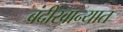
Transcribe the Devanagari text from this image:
बंदीखान्यात